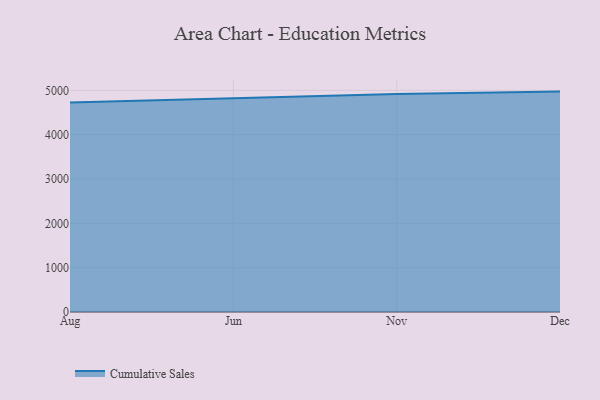
{"axis": {"x": "Month", "y": "Active Users"}, "legend": ["Cumulative Sales"], "data": [{"x": "Aug", "y": 4723.9, "type": "Cumulative Sales"}, {"x": "Jun", "y": 4820.6, "type": "Cumulative Sales"}, {"x": "Nov", "y": 4918.5, "type": "Cumulative Sales"}, {"x": "Dec", "y": 4971.5, "type": "Cumulative Sales"}]}